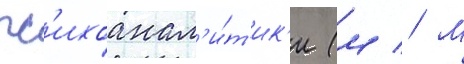
пс'ихоанал'и́т'ик'и (м // М